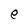
Character: e